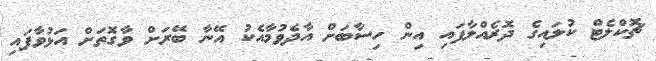
ޗޮކްލެޓް ކުލައިގެ ދޮރެއްލާފައި އިން ހިސާބަށް އާދެވުމާއެކު އޭނާ ބޭރަށް ވާގޮތަށް އަޅުވާފައި